Report on vaccination in Madras 1922-1929 - 1922-1929
Year: 1922
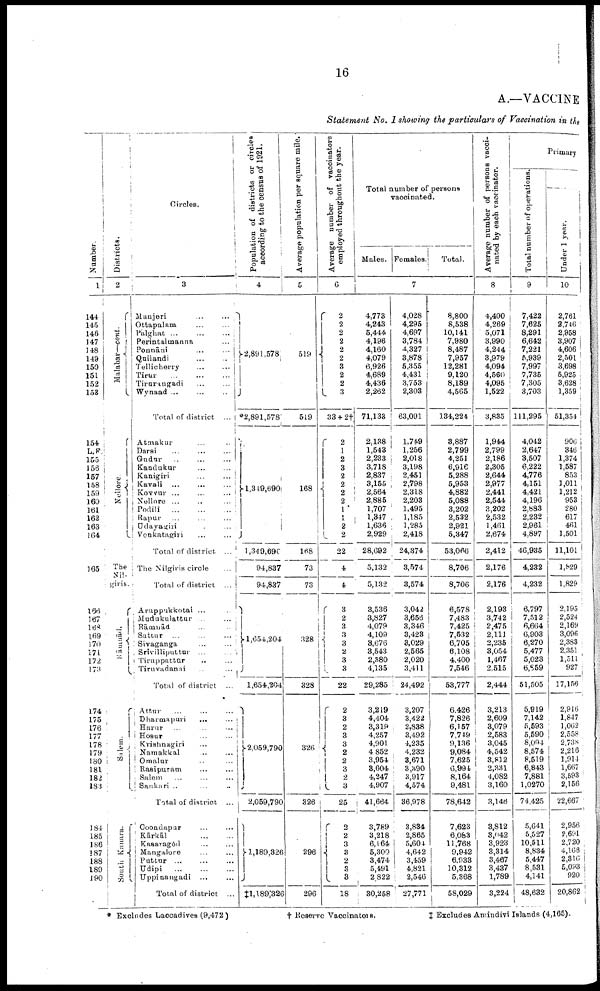
16
A.—VACCINE
Statement No. I showing the particulars of Vaccination in the
Number.
1
144
145
146
147
148
149
150
151
152
153
154
L.F
155
156
157
158
159
160
161
162
163
164
165
166
167
168
169
170
171
172
173
174
175
176
177
178
179
180
181
182
183
184
185
186
187
188
189
190
Districts.
2
Malabar—cont.
Nellore.
The Nil¬
giris.
Rāmnād.
Salem
South Kanara.
Circles.
3
Manjeri … …
Ottapalam … …
Palghat ...
...
...
Perintalmanna
...
Ponnāni … …
Quilandi
…
…
Tellicherry
...
...
Tirur
...
...
...
Tirnrangadi
...
...
Wynaad ...
...
...
Total of district ...
Atmakur … …
Darsi
…
…
…
Gudur … … …
Kandukur … …
Kanigiri
…
…
Kavali
... … …
Kovvur ...
...
...
Nallore ... … …
Podili
…
…
…
Rapur … … …
Udayagiri … …
Venkatagiri … …
Total of district. ...
The Nilgiris circle
...
Total of district ...
Aruppukkotai ... …
Mudukulattur
...
...
Rāmnād
...
..
Sattur
... … …
Sivaganga
...
...
Srivilliputtur
...
...
Tiruppattūr … …
Tiruvadanai
... …
Total of district
...
Attur
…
…
…
Dharmapuri
...
...
Harur
…
…
…
Hosur
...
...
Krishnagiri
...
Namakkal … …
Omalur … …
Rasipuram … …
Salem … … …
Sankari ... … …
Total of district ...
Coondapur … …
Kārkā1 … …
Kasaragōd … …
Mangalore … …
Puttur
…
…
…
Udipi
…
…
…
Uppinangadi
... …
Total of district ...
Population of districts or circles
according to the census of 1921.
4
2,891,578
*2,891,578
1,349,690
1,349,690
94,837
94,837
1,654,204
1,654,204
2,059,790
2,059,790
1,189,826
‡l,189,326
Average population per square mile.
5
519
519
168
168
73
73
328
328
326
326
296
296
Average number of vaccinators
employed throughout the year.
6
2
2
2
2
2
2
3
2
2
3
33 + 2†
2
1
2
3
2
2 2
2
1
1
2
2
22
4
4
3
2
3
3
3
2
3
3
22
2
3
2
3
3
2
2
3
2
3
25
2
2
3
3
2
3
3
18
Total number of persons
vaccinated.
Males. Females !
Total.
7
4,773
4,243
5,444
4,196
4,160
4,079
6,926
4,689
4,436
2,262
71,133
2,138
1,543
2,233
3,718
2,837
3,155
2,564
2,885
1,707
1,347
1,636
2,929
28,692
5,132
5,132
3,536
3,827
4,079
4,109
3,676
3,543
2,380
4,135
29,285
3,219
4,404
3,319
4,257
4,901
4 852
3,954
3,604
4,247
4,907
41,664
3,789
3,218
6,164
5,300
3,474
5,491
2,822
30,258
4,028
4,295
4,697
3,784
4,327
3,878
5,355
4,431
3,753
2,303
63,091
1,749
1,256
2,018
3,198
2,451
2,798
2,318
2,203
1,495
1,185
1,285
2,418
24,374
3,574
3,574
3,042
3,656
3,346
3,423
3,029
2,565
2,020
3,411
24,492
3,207
3,422
2,838
3,492
4,235
4,232
3,671
3,390
3,917
4,574
36,978
3,834
2,865
5,604
4,642
3,459
4,821
2,546
27,771
8,800
8,538
10,141
7,980
8,487
7,957
12,281
9,120
8,189
4,565
134,224
3,887
2,799
4,251
6,916
5,288
5,958
4,882
5,088
3,202
2,532
2,921
5,347
53,066
8,706
8,706
6,578
7,483
7,425
7,532
6,705
6.108
4,400
7,546
53,777
6,426
7,826
6,157
7,749
9,136
9,084
7,625
6,994
8,164
9,481
78,642
7,623
6,083
11,768
9,942
6,933
10,312
5,368
58,029
Average number of persons vacci
nated by each vaccinator.
8
4,400
4,269
5,071
3,990
4,244
3,979
4,094
4,560
4,095
1,522
3,835
1,944
2,799
2,186
2,305
2,644
2,977
2,441
2,544
3,202
2,532
1,461
2,674
2,412
2,176
2,176
2,193
3,742
2,475
2,111
2,235
3,054
1,467
2,515
2,444
3,213
2,609
3,079
2,583
3,045
4,542
3,812
2,331
4,082
3,160
3,146
3,812
3,042
3,923
3,314
3,467
3,437
1,789
3,224
Primary
Total number of operations.
9
7,422
7,625
8,291
6,642
7,221
5,939
7,997
7,735
7,305
3,703
111,295
4,042
2,647
3,507
6,222
4,776
4,151
4,421
4,196
2,883
2,232
2,961
4,897
46,935
4,232
4,232
6,797
7,512
6,664
6,903
6,270
5,477
5,023
6,859
51,505
5,919
7,142
5,593
5,590
8,094
8,574
8,519
6,848
7,881
1,0270
74,425
5,641
5,527
10,511
8,834
5,447
8,531
4,141
48,682
Under 1 year.
10
2,761
2,746
2,958
3,907
4,606
2,501
3,698
5,925
3,628
1,359
51,354
906
346
1,374
1,587
853
3,011
1,212
953
280
617
461
1,501
11,101
1,829
1,829
2,195
2,524
2,169
3,096
2,383
2,351
1,511
927
17,156
2,916
1,847
1,062
2,558
2,738
2,216
1,914
1,667
3,593
2,156
22,667
2,956
2,691
2,720
4,168
2,316
5,033
920
20,862
* Excludes Laccadives (9,472)
† Reserve Vaccinator.
‡ Excludes Amindivi Islands (4,165).